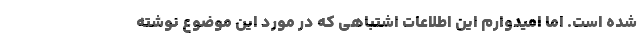
شده است. اما امیدوارم این اطلاعات اشتباهی که در مورد این موضوع نوشته